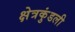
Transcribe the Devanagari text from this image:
क्षेत्रकुंडली